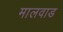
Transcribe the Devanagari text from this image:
मालवाड